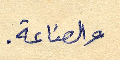
والصناعة.